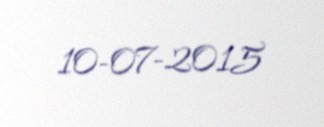
10-07-2015